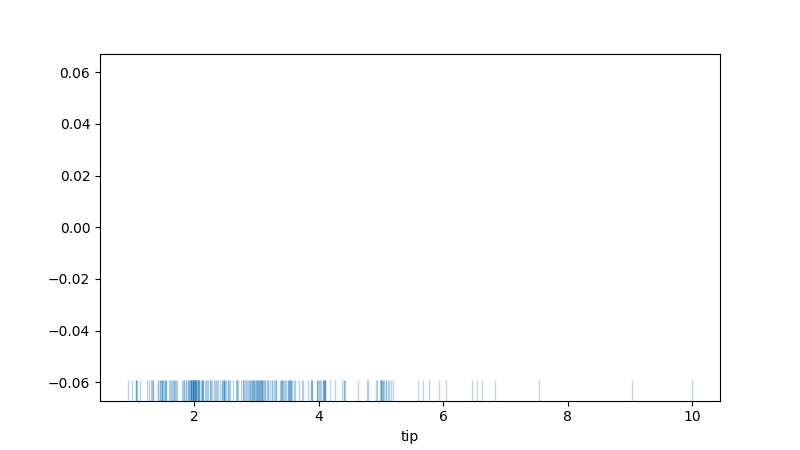
python, seaborn, rugplot, height=0.06, axis='x', alpha=0.3